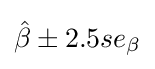
{\hat {\beta }}\pm 2.5se_{\beta }